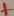
Text: +